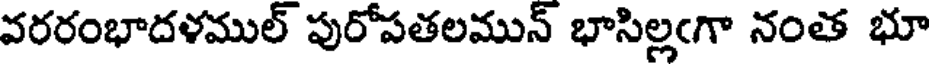
వరరంభాదళముల్ పురోపతలమున్ భాసిల్లఁగా నంత భూ